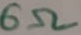
Text: 6Ω